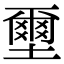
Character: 壐